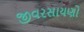
જીવરસાયણો